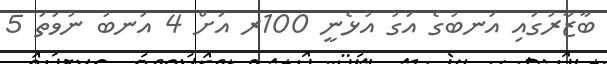
ބާޒާރުގައި އަނބުގެ އަގު އުޅެނީ 100ރ އަށް 4 އަނބު ނުވަތަ 5